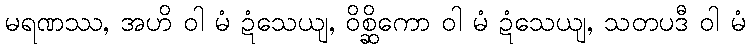
မရဏဿ, အဟိ ဝါ မံ ဍံသေယျ, ဝိစ္ဆိကော ဝါ မံ ဍံသေယျ, သတပဒီ ဝါ မံ